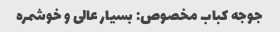
جوجه کباب مخصوص: بسیار عالی و خوشمره